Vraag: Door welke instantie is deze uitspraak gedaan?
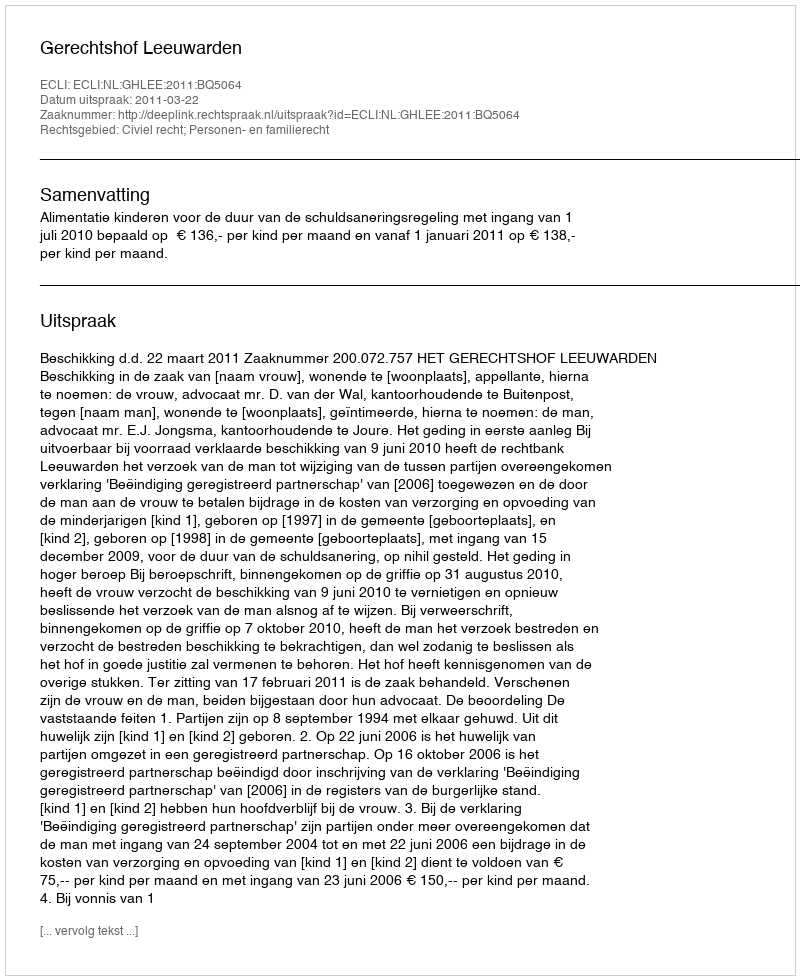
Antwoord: Gerechtshof Leeuwarden